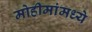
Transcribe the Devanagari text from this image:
मोहीमांमध्ये